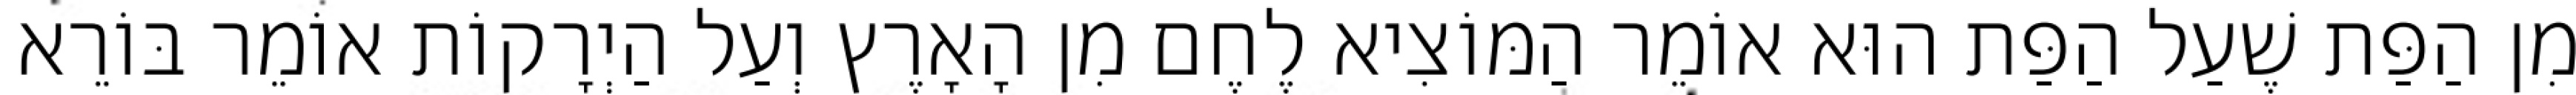
מִן הַפַּת שֶׁעַל הַפַּת הוּא אוֹמֵר הַמּוֹצִיא לֶחֶם מִן הָאָרֶץ וְעַל הַיְרָקוֹת אוֹמֵר בּוֹרֵא